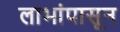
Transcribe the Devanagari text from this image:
लाभांपासून